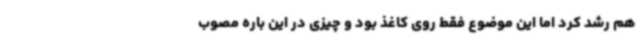
هم رشد کرد اما این موضوع فقط روی کاغذ بود و چیزی در این باره مصوب